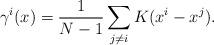
LaTeX: \begin{align*}\gamma^i(x) = \frac1{N-1}\sum_{j\neq i}K(x^i - x^j).\end{align*}